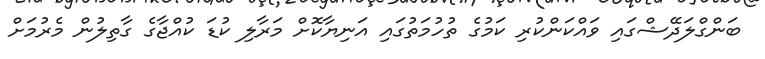
ބަންގްލަދޭޝްގައި ވައްކަންކުރި ކަމުގެ ތުހުމަތުގައި އަނިޔާކޮށް މަރާލި ކުޑަ ކުއްޖާގެ ގާތިލުން މެރުމަށް